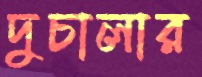
দুচালার